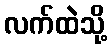
လက်ထဲသို့